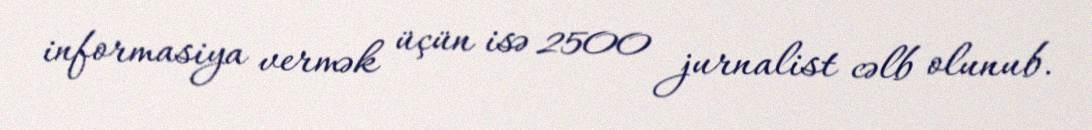
informasiya vermək üçün isə 2500 jurnalist cəlb olunub.